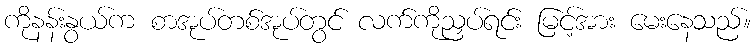
ကိုနန်းနွယ်က စာအုပ်တစ်အုပ်တွင် လက်ကိုညှပ်ရင်း မြင့်အား မေးနေသည်။